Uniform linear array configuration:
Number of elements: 8
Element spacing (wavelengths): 0.25
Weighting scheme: hamming
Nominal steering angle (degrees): -30
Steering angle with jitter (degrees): -29.652
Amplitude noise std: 0.05
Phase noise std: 0.05

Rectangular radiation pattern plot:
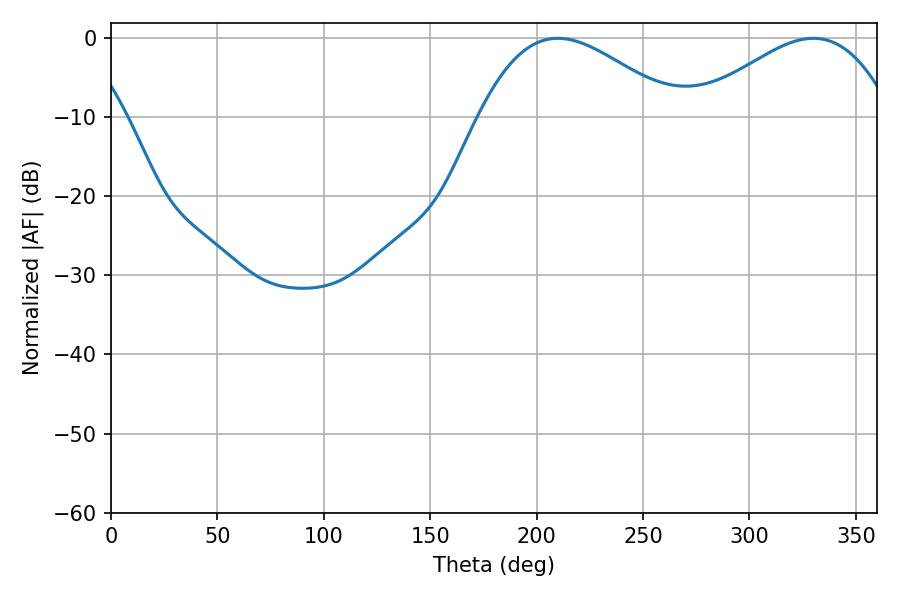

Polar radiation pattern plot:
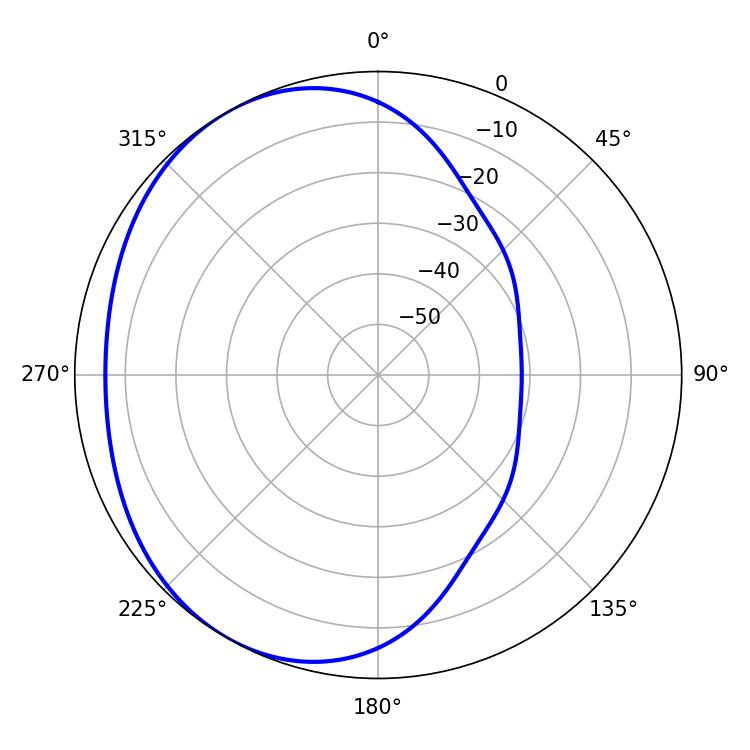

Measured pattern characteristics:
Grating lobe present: FALSE
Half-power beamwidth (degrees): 50.04
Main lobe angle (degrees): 209.88